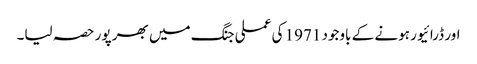
اور ڈرائیور ہونے کے باوجود 1971 کی عملی جنگ میں بھر پور حصہ لیا۔